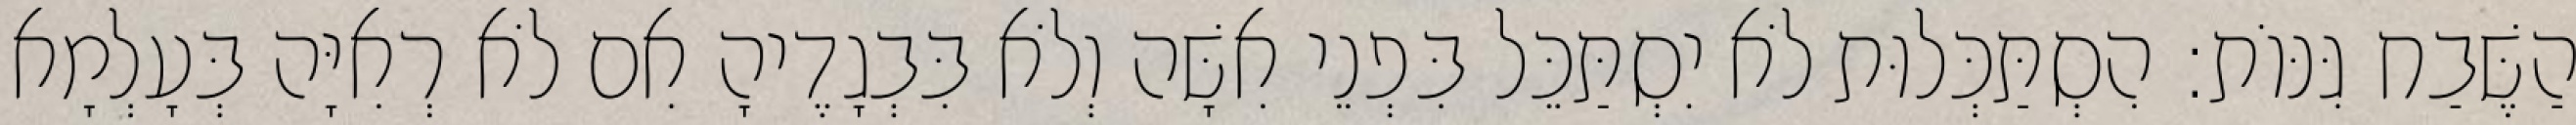
הַשֶּׁבַח גִּנּוֹת: הִסְתַּכְּלוּת לֹא יִסְתַּכֵּל בִּפְנֵי אִשָּׁה וְלֹא בִּבְגָדֶיהָ אִם לֹא רְאִיָּה בְּעָלְמָא